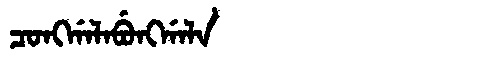
Manchu: ᠴᠣᠩᡤᠠᠯᠠᠪᡠᠩᡤᠠᠯᠠ
Romanization: CONGGALABUNGGALA